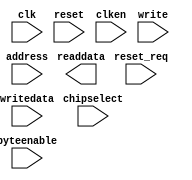
// This program was cloned from: https://github.com/stanford-ppl/spatial-lang
// License: MIT License

module pr_region_default_onchip_memory2_0 (
		input  wire        clk,        //   clk1.clk
		input  wire        reset,      // reset1.reset
		input  wire        reset_req,  //       .reset_req
		input  wire [6:0]  address,    //     s1.address
		input  wire        clken,      //       .clken
		input  wire        chipselect, //       .chipselect
		input  wire        write,      //       .write
		output wire [31:0] readdata,   //       .readdata
		input  wire [31:0] writedata,  //       .writedata
		input  wire [3:0]  byteenable  //       .byteenable
	);
endmodule